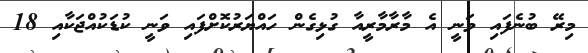
މިރޭ ބުނެފައި ވަނީ އެ މާރާމާރީއާ ގުޅިގެން ހައްޔަރުކޮށްފައި ވަނީ ކުޑަކުއްޖަކާއި 18